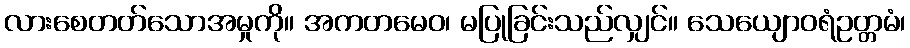
လားစေတတ်သောအမှုကို။ အကတမေဝ၊ မပြုခြင်းသည်လျှင်။ သေယျောဝရံဥတ္တမံ၊